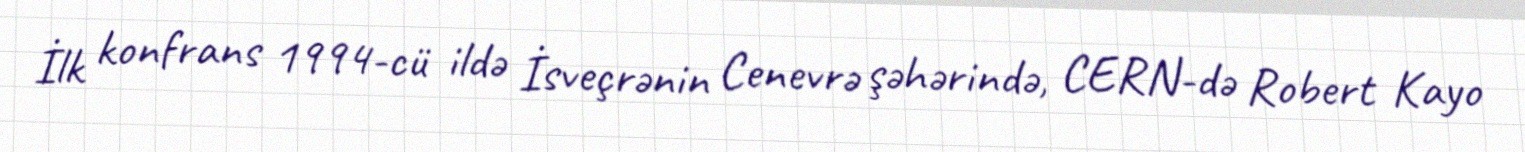
İlk konfrans 1994-cü ildə İsveçrənin Cenevrə şəhərində, CERN-də Robert Kayo